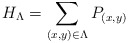
\begin{align*} H_{\Lambda} = \sum_{(x,y)\in \Lambda} P_{(x,y)} \end{align*}